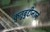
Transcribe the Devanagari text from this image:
कुतुबुद्दीनाने